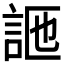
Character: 𧦩